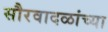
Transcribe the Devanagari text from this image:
सौरवादळांच्या